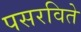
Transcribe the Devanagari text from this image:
पसरविते